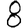
Digit: 8